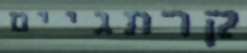
קרתגיים